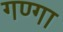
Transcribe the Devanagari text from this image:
गण्गा